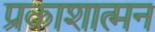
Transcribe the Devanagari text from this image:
प्रकाशात्मन